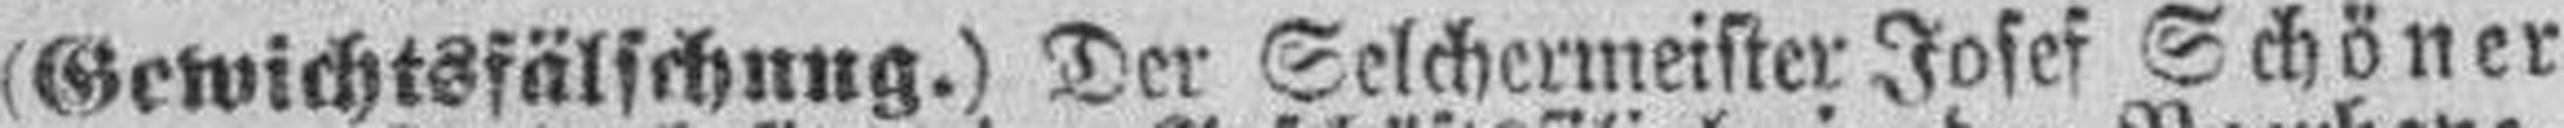
(Gewichtsfälschung.) Der Selchermeister Josef Schöner